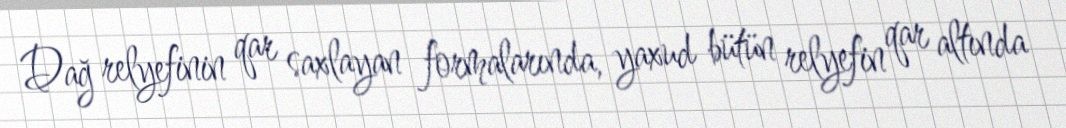
Dağ relyefinin qar saxlayan formalarında, yaxud bütün relyefin qar altında